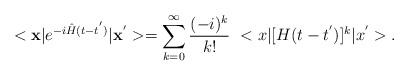
\begin{align*}<{\bf x}\vert e^{-i {\hat H} (t-t^{'})}\vert {\bf x}^{'}>= \sum_{k=0}^{\infty} \frac{(-i)^k}{k!}\,\, <x\vert [H (t-t^{'})]^k \vert x^{'}>. \end{align*}